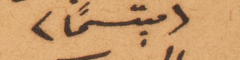
مبتسمًا